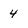
Character: 4